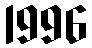
1996